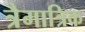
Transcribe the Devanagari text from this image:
त्रैमात्रिक